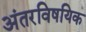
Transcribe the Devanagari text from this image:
अंतरविषयिक